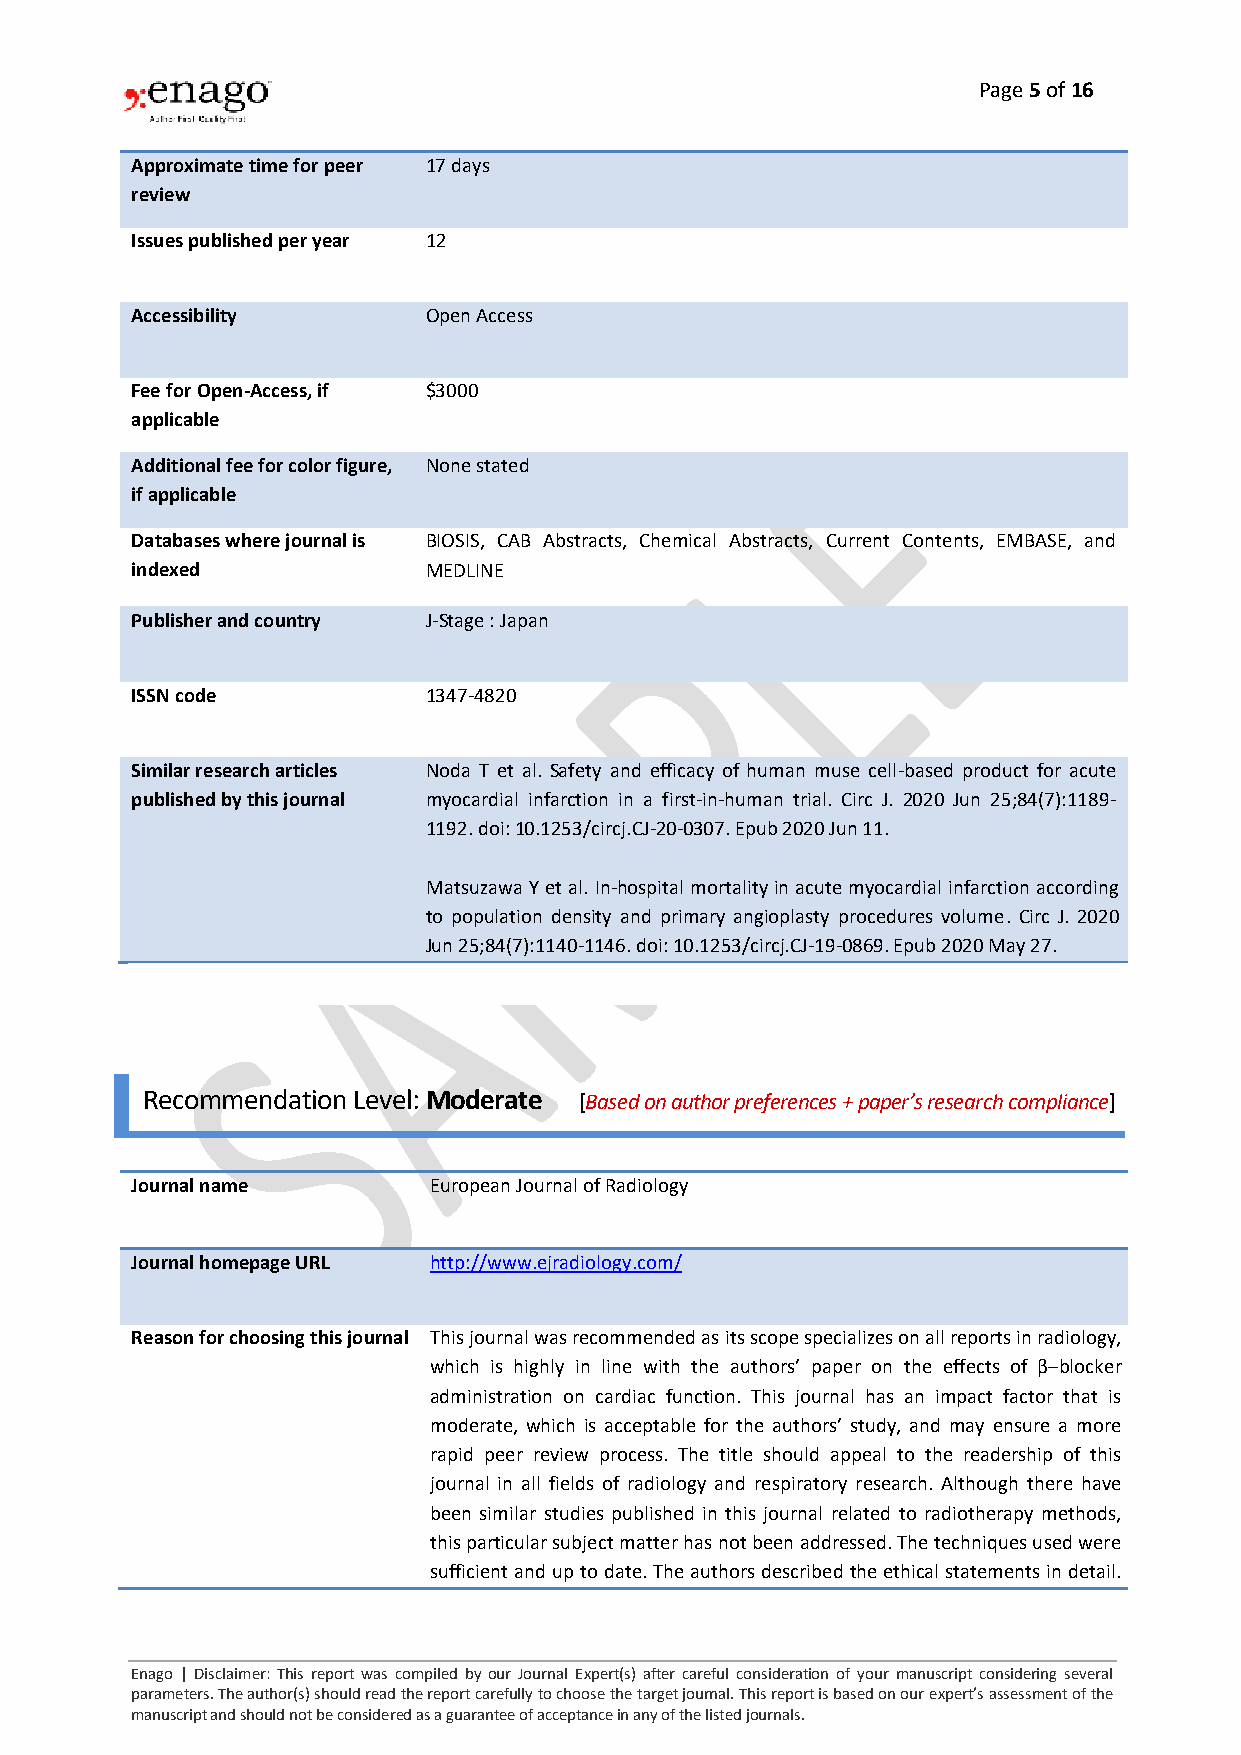
Page 5 of 16
 Approximate time for peer 17 days
 review
 Issues published per year 12
 Accessibility      Open Access
 Fee for Open-Access, if $3000
 applicable
 Additional fee for color figure, None stated
 if applicable
 Databases where journal is BIOSIS, CAB Abstracts, Chemical Abstracts, Current Contents, EMBASE, and
 indexed            MEDLINE
 Publisher and country J-Stage : Japan
 ISSN code          1347-4820
 Similar research articles Noda T et al. Safety and efficacy of human muse cell-based product for acute
 published by this journal myocardial infarction in a first-in-human trial. Circ J. 2020 Jun 25;84(7):1189-
 1192. doi: 10.1253/circj.CJ-20-0307. Epub 2020 Jun 11.
 Matsuzawa Y et al. In-hospital mortality in acute myocardial infarction according
 to population density and primary angioplasty procedures volume. Circ J. 2020
 Jun 25;84(7):1140-1146. doi: 10.1253/circj.CJ-19-0869. Epub 2020 May 27.
 Recommendation Level: Moderate [Based on author preferences + paper’s research compliance]
 Journal name       European Journal of Radiology
 Journal homepage URL http://www.ejradiology.com/
 Reason for choosing this journal This journal was recommended as its scope specializes on all reports in radiology,
 which is highly in line with the authors’ paper on the effects of β‒blocker
 administration on cardiac function. This journal has an impact factor that is
 moderate, which is acceptable for the authors’ study, and may ensure a more
 rapid peer review process. The title should appeal to the readership of this
 journal in all fields of radiology and respiratory research. Although there have
 been similar studies published in this journal related to radiotherapy methods,
 this particular subject matter has not been addressed. The techniques used were
 sufficient and up to date. The authors described the ethical statements in detail.
 Enago | Disclaimer: This report was compiled by our Journal Expert(s) after careful consideration of your manuscript considering several
 parameters. The author(s) should read the report carefully to choose the target journal. This report is based on our expert’s assessment of the
 manuscript and should not be considered as a guarantee of acceptance in any of the listed journals.